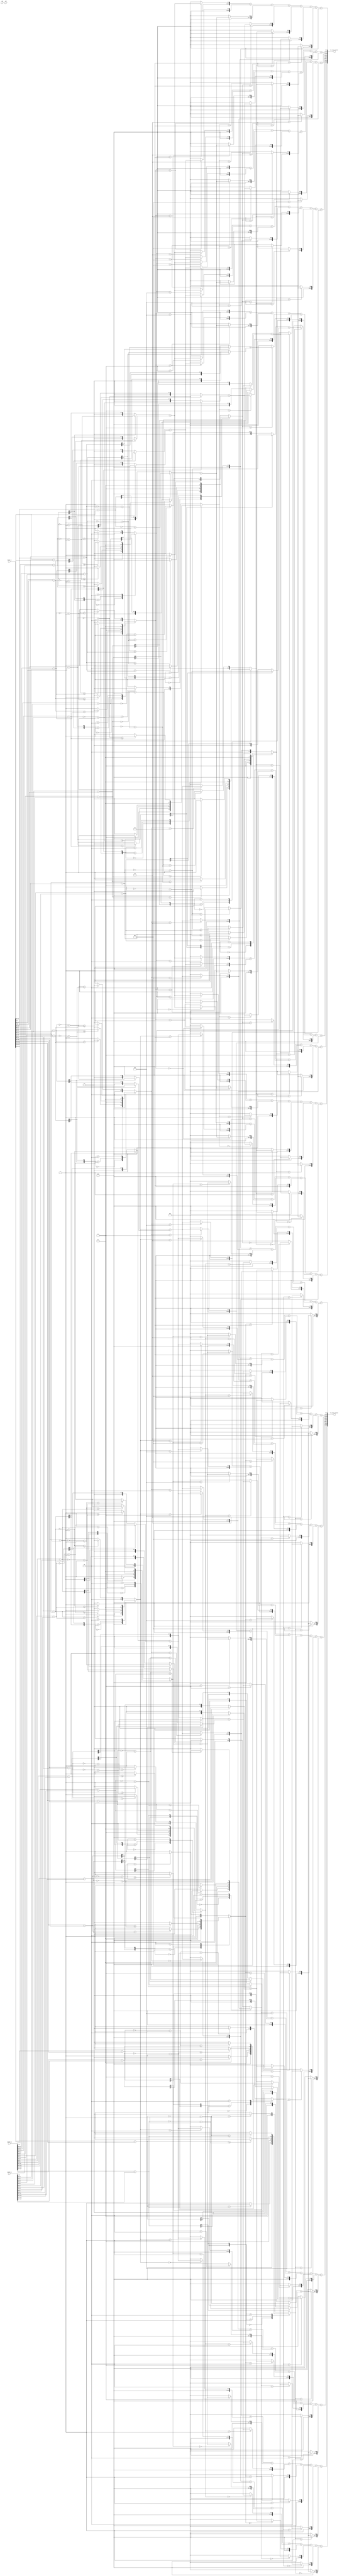
module accumulateOrientation( //combinational
    buffer_0,//newest
    buffer_1,
    buffer_2,
    row,//kpt's row
    col,//kpt's col
    row_accu_result1,
    row_accu_result2
);

    input       [8:0]   row;
    input       [9:0]   col;
    
    input       [135:0] buffer_0,
                        buffer_1,
                        buffer_2;
                        
    output      [95:0]  row_accu_result1, //MSB~LSB : bin_0~bin_7
                        row_accu_result2;
                        
    //////////////////////////////
        
    //reg         [95:0]  pixel_1, pixel_2, pixel_3, pixel_4, pixel_5, pixel_6, pixel_7, pixel_8,
    //                    pixel_9, pixel_10, pixel_11, pixel_12, pixel_13, pixel_14, pixel_15;
    
    wire         [11:0] pixel_01_bin_0, pixel_01_bin_1, pixel_01_bin_2, pixel_01_bin_3, pixel_01_bin_4, pixel_01_bin_5, pixel_01_bin_6, pixel_01_bin_7,
                        pixel_02_bin_0, pixel_02_bin_1, pixel_02_bin_2, pixel_02_bin_3, pixel_02_bin_4, pixel_02_bin_5, pixel_02_bin_6, pixel_02_bin_7,
                        pixel_03_bin_0, pixel_03_bin_1, pixel_03_bin_2, pixel_03_bin_3, pixel_03_bin_4, pixel_03_bin_5, pixel_03_bin_6, pixel_03_bin_7,
                        pixel_04_bin_0, pixel_04_bin_1, pixel_04_bin_2, pixel_04_bin_3, pixel_04_bin_4, pixel_04_bin_5, pixel_04_bin_6, pixel_04_bin_7,
                        pixel_05_bin_0, pixel_05_bin_1, pixel_05_bin_2, pixel_05_bin_3, pixel_05_bin_4, pixel_05_bin_5, pixel_05_bin_6, pixel_05_bin_7,
                        pixel_06_bin_0, pixel_06_bin_1, pixel_06_bin_2, pixel_06_bin_3, pixel_06_bin_4, pixel_06_bin_5, pixel_06_bin_6, pixel_06_bin_7,
                        pixel_07_bin_0, pixel_07_bin_1, pixel_07_bin_2, pixel_07_bin_3, pixel_07_bin_4, pixel_07_bin_5, pixel_07_bin_6, pixel_07_bin_7,
                        pixel_08_bin_0, pixel_08_bin_1, pixel_08_bin_2, pixel_08_bin_3, pixel_08_bin_4, pixel_08_bin_5, pixel_08_bin_6, pixel_08_bin_7,
                        pixel_09_bin_0, pixel_09_bin_1, pixel_09_bin_2, pixel_09_bin_3, pixel_09_bin_4, pixel_09_bin_5, pixel_09_bin_6, pixel_09_bin_7,
                        pixel_10_bin_0, pixel_10_bin_1, pixel_10_bin_2, pixel_10_bin_3, pixel_10_bin_4, pixel_10_bin_5, pixel_10_bin_6, pixel_10_bin_7,
                        pixel_11_bin_0, pixel_11_bin_1, pixel_11_bin_2, pixel_11_bin_3, pixel_11_bin_4, pixel_11_bin_5, pixel_11_bin_6, pixel_11_bin_7,
                        pixel_12_bin_0, pixel_12_bin_1, pixel_12_bin_2, pixel_12_bin_3, pixel_12_bin_4, pixel_12_bin_5, pixel_12_bin_6, pixel_12_bin_7,
                        pixel_13_bin_0, pixel_13_bin_1, pixel_13_bin_2, pixel_13_bin_3, pixel_13_bin_4, pixel_13_bin_5, pixel_13_bin_6, pixel_13_bin_7,
                        pixel_14_bin_0, pixel_14_bin_1, pixel_14_bin_2, pixel_14_bin_3, pixel_14_bin_4, pixel_14_bin_5, pixel_14_bin_6, pixel_14_bin_7,
                        pixel_15_bin_0, pixel_15_bin_1, pixel_15_bin_2, pixel_15_bin_3, pixel_15_bin_4, pixel_15_bin_5, pixel_15_bin_6, pixel_15_bin_7;
                        
    
    wire        [8:0]   pixel_1_temp1, pixel_1_temp2,
                        pixel_2_temp1, pixel_2_temp2,
                        pixel_3_temp1, pixel_3_temp2,
                        pixel_4_temp1, pixel_4_temp2,
                        pixel_5_temp1, pixel_5_temp2,
                        pixel_6_temp1, pixel_6_temp2,
                        pixel_7_temp1, pixel_7_temp2,
                        pixel_8_temp1, pixel_8_temp2,
                        pixel_9_temp1, pixel_9_temp2,
                        pixel_10_temp1, pixel_10_temp2,
                        pixel_11_temp1, pixel_11_temp2,
                        pixel_12_temp1, pixel_12_temp2,
                        pixel_13_temp1, pixel_13_temp2,
                        pixel_14_temp1, pixel_14_temp2,
                        pixel_15_temp1, pixel_15_temp2;
                        
    wire        [8:0]   abs_pixel_1_temp1, abs_pixel_1_temp2,
                        abs_pixel_2_temp1, abs_pixel_2_temp2,
                        abs_pixel_3_temp1, abs_pixel_3_temp2,
                        abs_pixel_4_temp1, abs_pixel_4_temp2,
                        abs_pixel_5_temp1, abs_pixel_5_temp2,
                        abs_pixel_6_temp1, abs_pixel_6_temp2,
                        abs_pixel_7_temp1, abs_pixel_7_temp2,
                        abs_pixel_8_temp1, abs_pixel_8_temp2,
                        abs_pixel_9_temp1, abs_pixel_9_temp2,
                        abs_pixel_10_temp1, abs_pixel_10_temp2,
                        abs_pixel_11_temp1, abs_pixel_11_temp2,
                        abs_pixel_12_temp1, abs_pixel_12_temp2,
                        abs_pixel_13_temp1, abs_pixel_13_temp2,
                        abs_pixel_14_temp1, abs_pixel_14_temp2,
                        abs_pixel_15_temp1, abs_pixel_15_temp2;
                        
    wire        [9:0]   p1_mag, p2_mag, p3_mag, p4_mag, p5_mag, p6_mag, p7_mag, p8_mag,
                        p9_mag, p10_mag, p11_mag, p12_mag, p13_mag, p14_mag, p15_mag;
                        
    reg         [2:0]   p1_bin, p2_bin, p3_bin, p4_bin, p5_bin, p6_bin, p7_bin, p8_bin,
                        p9_bin, p10_bin, p11_bin, p12_bin, p13_bin, p14_bin, p15_bin;
    
    //////////////////////////////
    
    //assign not_garbageRow       = (row + cycle_count - 3'b101)>='d0 && (row + cycle_count - 3'b101)<='d639 &&
    //                              (row + cycle_count - 3'b110)>='d0 && (row + cycle_count - 3'b110)<='d639 &&
    //                              (row + cycle_count - 3'b111)>='d0 && (row + cycle_count - 3'b111)<='d639;
    //    
    //assign p1_valid             = col-2'b11>='d1 && col-2'b11<='d638;//p1, p2, p3 is on the left of kpt
    //assign p2_valid             = col-2'b10>='d1 && col-2'b10<='d638;
    //assign p3_valid             = col-2'b01>='d1 && col-2'b01<='d638;
    //assign p5_valid             = col+2'b01 <= 'd638;//p5, p6, p7 is on the right of kpt
    //assign p6_valid             = col+2'b10 <= 'd638;
    //assign p7_valid             = col+2'b11 <= 'd638;
    //    
    //assign modified_pixel_1     = (p1_valid)? pixel_1 : 'd0;
    //assign modified_pixel_2     = (p2_valid)? pixel_2 : 'd0;
    //assign modified_pixel_3     = (p3_valid)? pixel_3 : 'd0;
    //assign modified_pixel_4     = pixel_4;
    //assign modified_pixel_5     = (p5_valid)? pixel_5 : 'd0;
    //assign modified_pixel_6     = (p6_valid)? pixel_6 : 'd0;
    //assign modified_pixel_7     = (p7_valid)? pixel_7 : 'd0;
        
    assign pixel_1_temp1        = buffer_1[23:16] - buffer_1[7:0];//pixel(col+1) - pixel(col-1)
    assign pixel_2_temp1        = buffer_1[31:24] - buffer_1[15:8];
    assign pixel_3_temp1        = buffer_1[39:32] - buffer_1[23:16];
    assign pixel_4_temp1        = buffer_1[47:40] - buffer_1[31:24];
    assign pixel_5_temp1        = buffer_1[55:48] - buffer_1[39:32];
    assign pixel_6_temp1        = buffer_1[63:56] - buffer_1[47:40];
    assign pixel_7_temp1        = buffer_1[71:64] - buffer_1[55:48];
    assign pixel_8_temp1        = buffer_1[79:72] - buffer_1[63:56];
    assign pixel_9_temp1        = buffer_1[87:80] - buffer_1[71:64];
    assign pixel_10_temp1       = buffer_1[95:88] - buffer_1[79:72];
    assign pixel_11_temp1       = buffer_1[103:96] - buffer_1[87:80];
    assign pixel_12_temp1       = buffer_1[111:104] - buffer_1[95:88];
    assign pixel_13_temp1       = buffer_1[119:112] - buffer_1[103:96];
    assign pixel_14_temp1       = buffer_1[127:120] - buffer_1[111:104];
    assign pixel_15_temp1       = buffer_1[135:128] - buffer_1[119:112];
        
    assign pixel_1_temp2        = buffer_0[15:8] - buffer_2[15:8];//pixel(row+1) - pixel(row-1)
    assign pixel_2_temp2        = buffer_0[23:16] - buffer_2[23:16];
    assign pixel_3_temp2        = buffer_0[31:24] - buffer_2[31:24];
    assign pixel_4_temp2        = buffer_0[39:32] - buffer_2[39:32];
    assign pixel_5_temp2        = buffer_0[47:40] - buffer_2[47:40];
    assign pixel_6_temp2        = buffer_0[55:48] - buffer_2[55:48];
    assign pixel_7_temp2        = buffer_0[63:56] - buffer_2[63:56];
    assign pixel_8_temp2        = buffer_0[71:64] - buffer_2[71:64];
    assign pixel_9_temp2        = buffer_0[79:72] - buffer_2[79:72];
    assign pixel_10_temp2       = buffer_0[87:80] - buffer_2[87:80];
    assign pixel_11_temp2       = buffer_0[95:88] - buffer_2[95:88];
    assign pixel_12_temp2       = buffer_0[103:96] - buffer_2[103:96];
    assign pixel_13_temp2       = buffer_0[111:104] - buffer_2[111:104];
    assign pixel_14_temp2       = buffer_0[119:112] - buffer_2[119:112];
    assign pixel_15_temp2       = buffer_0[127:120] - buffer_2[127:120];
        
    assign abs_pixel_1_temp1    = ~pixel_1_temp1 + 1'b1;
    assign abs_pixel_1_temp2    = ~pixel_1_temp2 + 1'b1;
    assign abs_pixel_2_temp1    = ~pixel_2_temp1 + 1'b1;
    assign abs_pixel_2_temp2    = ~pixel_2_temp2 + 1'b1;
    assign abs_pixel_3_temp1    = ~pixel_3_temp1 + 1'b1;
    assign abs_pixel_3_temp2    = ~pixel_3_temp2 + 1'b1;
    assign abs_pixel_4_temp1    = ~pixel_4_temp1 + 1'b1;
    assign abs_pixel_4_temp2    = ~pixel_4_temp2 + 1'b1;
    assign abs_pixel_5_temp1    = ~pixel_5_temp1 + 1'b1;
    assign abs_pixel_5_temp2    = ~pixel_5_temp2 + 1'b1;
    assign abs_pixel_6_temp1    = ~pixel_6_temp1 + 1'b1;
    assign abs_pixel_6_temp2    = ~pixel_6_temp2 + 1'b1;
    assign abs_pixel_7_temp1    = ~pixel_7_temp1 + 1'b1;
    assign abs_pixel_7_temp2    = ~pixel_7_temp2 + 1'b1;
    assign abs_pixel_8_temp1    = ~pixel_8_temp1 + 1'b1;
    assign abs_pixel_8_temp2    = ~pixel_8_temp2 + 1'b1;
    assign abs_pixel_9_temp1    = ~pixel_9_temp1 + 1'b1;
    assign abs_pixel_9_temp2    = ~pixel_9_temp2 + 1'b1;
    assign abs_pixel_10_temp1   = ~pixel_10_temp1 + 1'b1;
    assign abs_pixel_10_temp2   = ~pixel_10_temp2 + 1'b1;
    assign abs_pixel_11_temp1   = ~pixel_11_temp1 + 1'b1;
    assign abs_pixel_11_temp2   = ~pixel_11_temp2 + 1'b1;
    assign abs_pixel_12_temp1   = ~pixel_12_temp1 + 1'b1;
    assign abs_pixel_12_temp2   = ~pixel_12_temp2 + 1'b1;
    assign abs_pixel_13_temp1   = ~pixel_13_temp1 + 1'b1;
    assign abs_pixel_13_temp2   = ~pixel_13_temp2 + 1'b1;
    assign abs_pixel_14_temp1   = ~pixel_14_temp1 + 1'b1;
    assign abs_pixel_14_temp2   = ~pixel_14_temp2 + 1'b1;
    assign abs_pixel_15_temp1   = ~pixel_15_temp1 + 1'b1;
    assign abs_pixel_15_temp2   = ~pixel_15_temp2 + 1'b1;
        
    assign p1_mag               = ((pixel_1_temp1[8])? abs_pixel_1_temp1 : pixel_1_temp1) + 
                                  ((pixel_1_temp2[8])? abs_pixel_1_temp2 : pixel_1_temp2);
    assign p2_mag               = ((pixel_2_temp1[8])? abs_pixel_2_temp1 : pixel_2_temp1) + 
                                  ((pixel_2_temp2[8])? abs_pixel_2_temp2 : pixel_2_temp2);
    assign p3_mag               = ((pixel_3_temp1[8])? abs_pixel_3_temp1 : pixel_3_temp1) + 
                                  ((pixel_3_temp2[8])? abs_pixel_3_temp2 : pixel_3_temp2);
    assign p4_mag               = ((pixel_4_temp1[8])? abs_pixel_4_temp1 : pixel_4_temp1) + 
                                  ((pixel_4_temp2[8])? abs_pixel_4_temp2 : pixel_4_temp2);
    assign p5_mag               = ((pixel_5_temp1[8])? abs_pixel_5_temp1 : pixel_5_temp1) + 
                                  ((pixel_5_temp2[8])? abs_pixel_5_temp2 : pixel_5_temp2);
    assign p6_mag               = ((pixel_6_temp1[8])? abs_pixel_6_temp1 : pixel_6_temp1) + 
                                  ((pixel_6_temp2[8])? abs_pixel_6_temp2 : pixel_6_temp2);
    assign p7_mag               = ((pixel_7_temp1[8])? abs_pixel_7_temp1 : pixel_7_temp1) + 
                                  ((pixel_7_temp2[8])? abs_pixel_7_temp2 : pixel_7_temp2);
    assign p8_mag               = ((pixel_8_temp1[8])? abs_pixel_8_temp1 : pixel_8_temp1) + 
                                  ((pixel_8_temp2[8])? abs_pixel_8_temp2 : pixel_8_temp2);
    assign p9_mag               = ((pixel_9_temp1[8])? abs_pixel_9_temp1 : pixel_9_temp1) + 
                                  ((pixel_9_temp2[8])? abs_pixel_9_temp2 : pixel_9_temp2);
    assign p10_mag              = ((pixel_10_temp1[8])? abs_pixel_10_temp1 : pixel_10_temp1) + 
                                  ((pixel_10_temp2[8])? abs_pixel_10_temp2 : pixel_10_temp2);
    assign p11_mag              = ((pixel_11_temp1[8])? abs_pixel_11_temp1 : pixel_11_temp1) + 
                                  ((pixel_11_temp2[8])? abs_pixel_11_temp2 : pixel_11_temp2);
    assign p12_mag              = ((pixel_12_temp1[8])? abs_pixel_12_temp1 : pixel_12_temp1) + 
                                  ((pixel_12_temp2[8])? abs_pixel_12_temp2 : pixel_12_temp2);
    assign p13_mag              = ((pixel_13_temp1[8])? abs_pixel_13_temp1 : pixel_13_temp1) + 
                                  ((pixel_13_temp2[8])? abs_pixel_13_temp2 : pixel_13_temp2);
    assign p14_mag              = ((pixel_14_temp1[8])? abs_pixel_14_temp1 : pixel_14_temp1) + 
                                  ((pixel_14_temp2[8])? abs_pixel_14_temp2 : pixel_14_temp2);
    assign p15_mag              = ((pixel_15_temp1[8])? abs_pixel_15_temp1 : pixel_15_temp1) + 
                                  ((pixel_15_temp2[8])? abs_pixel_15_temp2 : pixel_15_temp2);
        
    //assign row_accu_result1     = (not_garbageRow)? modified_pixel_1 + modified_pixel_2 + modified_pixel_3 + modified_pixel_4 : 'd0;//
    //assign row_accu_result2     = (not_garbageRow)? modified_pixel_4 + modified_pixel_5 + modified_pixel_6 + modified_pixel_7 : 'd0;
    
    //will not carry over to next orientation. But Dude, EDA tools don't bird you.
    //assign row_accu_result1     = pixel_1 + pixel_2 + pixel_3 + pixel_4 + pixel_5 + pixel_6 + pixel_7 + pixel_8;
    //assign row_accu_result2     = pixel_8 + pixel_9 + pixel_10 + pixel_11 + pixel_12 + pixel_13 + pixel_14 + pixel_15;
    
    assign row_accu_result1[95:84]  = pixel_01_bin_0 + pixel_02_bin_0 + pixel_03_bin_0 + pixel_04_bin_0 + pixel_05_bin_0 + pixel_06_bin_0 + pixel_07_bin_0 + pixel_08_bin_0;
    assign row_accu_result1[83:72]  = pixel_01_bin_1 + pixel_02_bin_1 + pixel_03_bin_1 + pixel_04_bin_1 + pixel_05_bin_1 + pixel_06_bin_1 + pixel_07_bin_1 + pixel_08_bin_1;
    assign row_accu_result1[71:60]  = pixel_01_bin_2 + pixel_02_bin_2 + pixel_03_bin_2 + pixel_04_bin_2 + pixel_05_bin_2 + pixel_06_bin_2 + pixel_07_bin_2 + pixel_08_bin_2;
    assign row_accu_result1[59:48]  = pixel_01_bin_3 + pixel_02_bin_3 + pixel_03_bin_3 + pixel_04_bin_3 + pixel_05_bin_3 + pixel_06_bin_3 + pixel_07_bin_3 + pixel_08_bin_3;
    assign row_accu_result1[47:36]  = pixel_01_bin_4 + pixel_02_bin_4 + pixel_03_bin_4 + pixel_04_bin_4 + pixel_05_bin_4 + pixel_06_bin_4 + pixel_07_bin_4 + pixel_08_bin_4;
    assign row_accu_result1[35:24]  = pixel_01_bin_5 + pixel_02_bin_5 + pixel_03_bin_5 + pixel_04_bin_5 + pixel_05_bin_5 + pixel_06_bin_5 + pixel_07_bin_5 + pixel_08_bin_5;
    assign row_accu_result1[23:12]  = pixel_01_bin_6 + pixel_02_bin_6 + pixel_03_bin_6 + pixel_04_bin_6 + pixel_05_bin_6 + pixel_06_bin_6 + pixel_07_bin_6 + pixel_08_bin_6;
    assign row_accu_result1[11:0 ]  = pixel_01_bin_7 + pixel_02_bin_7 + pixel_03_bin_7 + pixel_04_bin_7 + pixel_05_bin_7 + pixel_06_bin_7 + pixel_07_bin_7 + pixel_08_bin_7;
    
    assign row_accu_result2[95:84]  = pixel_08_bin_0 + pixel_09_bin_0 + pixel_10_bin_0 + pixel_11_bin_0 + pixel_12_bin_0 + pixel_13_bin_0 + pixel_14_bin_0 + pixel_15_bin_0;
    assign row_accu_result2[83:72]  = pixel_08_bin_1 + pixel_09_bin_1 + pixel_10_bin_1 + pixel_11_bin_1 + pixel_12_bin_1 + pixel_13_bin_1 + pixel_14_bin_1 + pixel_15_bin_1;
    assign row_accu_result2[71:60]  = pixel_08_bin_2 + pixel_09_bin_2 + pixel_10_bin_2 + pixel_11_bin_2 + pixel_12_bin_2 + pixel_13_bin_2 + pixel_14_bin_2 + pixel_15_bin_2;
    assign row_accu_result2[59:48]  = pixel_08_bin_3 + pixel_09_bin_3 + pixel_10_bin_3 + pixel_11_bin_3 + pixel_12_bin_3 + pixel_13_bin_3 + pixel_14_bin_3 + pixel_15_bin_3;
    assign row_accu_result2[47:36]  = pixel_08_bin_4 + pixel_09_bin_4 + pixel_10_bin_4 + pixel_11_bin_4 + pixel_12_bin_4 + pixel_13_bin_4 + pixel_14_bin_4 + pixel_15_bin_4;
    assign row_accu_result2[35:24]  = pixel_08_bin_5 + pixel_09_bin_5 + pixel_10_bin_5 + pixel_11_bin_5 + pixel_12_bin_5 + pixel_13_bin_5 + pixel_14_bin_5 + pixel_15_bin_5;
    assign row_accu_result2[23:12]  = pixel_08_bin_6 + pixel_09_bin_6 + pixel_10_bin_6 + pixel_11_bin_6 + pixel_12_bin_6 + pixel_13_bin_6 + pixel_14_bin_6 + pixel_15_bin_6;
    assign row_accu_result2[11:0 ]  = pixel_08_bin_7 + pixel_09_bin_7 + pixel_10_bin_7 + pixel_11_bin_7 + pixel_12_bin_7 + pixel_13_bin_7 + pixel_14_bin_7 + pixel_15_bin_7;
    
    assign pixel_01_bin_0           = (p1_bin == 'd0)? {2'b00, p1_mag} : 'd0;
    assign pixel_01_bin_1           = (p1_bin == 'd1)? {2'b00, p1_mag} : 'd0;
    assign pixel_01_bin_2           = (p1_bin == 'd2)? {2'b00, p1_mag} : 'd0;
    assign pixel_01_bin_3           = (p1_bin == 'd3)? {2'b00, p1_mag} : 'd0;
    assign pixel_01_bin_4           = (p1_bin == 'd4)? {2'b00, p1_mag} : 'd0;
    assign pixel_01_bin_5           = (p1_bin == 'd5)? {2'b00, p1_mag} : 'd0;
    assign pixel_01_bin_6           = (p1_bin == 'd6)? {2'b00, p1_mag} : 'd0;
    assign pixel_01_bin_7           = (p1_bin == 'd7)? {2'b00, p1_mag} : 'd0;
        
    assign pixel_02_bin_0           = (p2_bin == 'd0)? {2'b00, p2_mag} : 'd0;
    assign pixel_02_bin_1           = (p2_bin == 'd1)? {2'b00, p2_mag} : 'd0;
    assign pixel_02_bin_2           = (p2_bin == 'd2)? {2'b00, p2_mag} : 'd0;
    assign pixel_02_bin_3           = (p2_bin == 'd3)? {2'b00, p2_mag} : 'd0;
    assign pixel_02_bin_4           = (p2_bin == 'd4)? {2'b00, p2_mag} : 'd0;
    assign pixel_02_bin_5           = (p2_bin == 'd5)? {2'b00, p2_mag} : 'd0;
    assign pixel_02_bin_6           = (p2_bin == 'd6)? {2'b00, p2_mag} : 'd0;
    assign pixel_02_bin_7           = (p2_bin == 'd7)? {2'b00, p2_mag} : 'd0;
        
    assign pixel_03_bin_0           = (p2_bin == 'd0)? {2'b00, p3_mag} : 'd0;
    assign pixel_03_bin_1           = (p2_bin == 'd1)? {2'b00, p3_mag} : 'd0;
    assign pixel_03_bin_2           = (p2_bin == 'd2)? {2'b00, p3_mag} : 'd0;
    assign pixel_03_bin_3           = (p2_bin == 'd3)? {2'b00, p3_mag} : 'd0;
    assign pixel_03_bin_4           = (p2_bin == 'd4)? {2'b00, p3_mag} : 'd0;
    assign pixel_03_bin_5           = (p2_bin == 'd5)? {2'b00, p3_mag} : 'd0;
    assign pixel_03_bin_6           = (p2_bin == 'd6)? {2'b00, p3_mag} : 'd0;
    assign pixel_03_bin_7           = (p2_bin == 'd7)? {2'b00, p3_mag} : 'd0;
        
    assign pixel_04_bin_0           = (p4_bin == 'd0)? {2'b00, p4_mag} : 'd0;
    assign pixel_04_bin_1           = (p4_bin == 'd1)? {2'b00, p4_mag} : 'd0;
    assign pixel_04_bin_2           = (p4_bin == 'd2)? {2'b00, p4_mag} : 'd0;
    assign pixel_04_bin_3           = (p4_bin == 'd3)? {2'b00, p4_mag} : 'd0;
    assign pixel_04_bin_4           = (p4_bin == 'd4)? {2'b00, p4_mag} : 'd0;
    assign pixel_04_bin_5           = (p4_bin == 'd5)? {2'b00, p4_mag} : 'd0;
    assign pixel_04_bin_6           = (p4_bin == 'd6)? {2'b00, p4_mag} : 'd0;
    assign pixel_04_bin_7           = (p4_bin == 'd7)? {2'b00, p4_mag} : 'd0;
        
    assign pixel_05_bin_0           = (p5_bin == 'd0)? {2'b00, p5_mag} : 'd0;
    assign pixel_05_bin_1           = (p5_bin == 'd1)? {2'b00, p5_mag} : 'd0;
    assign pixel_05_bin_2           = (p5_bin == 'd2)? {2'b00, p5_mag} : 'd0;
    assign pixel_05_bin_3           = (p5_bin == 'd3)? {2'b00, p5_mag} : 'd0;
    assign pixel_05_bin_4           = (p5_bin == 'd4)? {2'b00, p5_mag} : 'd0;
    assign pixel_05_bin_5           = (p5_bin == 'd5)? {2'b00, p5_mag} : 'd0;
    assign pixel_05_bin_6           = (p5_bin == 'd6)? {2'b00, p5_mag} : 'd0;
    assign pixel_05_bin_7           = (p5_bin == 'd7)? {2'b00, p5_mag} : 'd0;
        
    assign pixel_06_bin_0           = (p6_bin == 'd0)? {2'b00, p6_mag} : 'd0;
    assign pixel_06_bin_1           = (p6_bin == 'd1)? {2'b00, p6_mag} : 'd0;
    assign pixel_06_bin_2           = (p6_bin == 'd2)? {2'b00, p6_mag} : 'd0;
    assign pixel_06_bin_3           = (p6_bin == 'd3)? {2'b00, p6_mag} : 'd0;
    assign pixel_06_bin_4           = (p6_bin == 'd4)? {2'b00, p6_mag} : 'd0;
    assign pixel_06_bin_5           = (p6_bin == 'd5)? {2'b00, p6_mag} : 'd0;
    assign pixel_06_bin_6           = (p6_bin == 'd6)? {2'b00, p6_mag} : 'd0;
    assign pixel_06_bin_7           = (p6_bin == 'd7)? {2'b00, p6_mag} : 'd0;
        
    assign pixel_07_bin_0           = (p7_bin == 'd0)? {2'b00, p7_mag} : 'd0;
    assign pixel_07_bin_1           = (p7_bin == 'd1)? {2'b00, p7_mag} : 'd0;
    assign pixel_07_bin_2           = (p7_bin == 'd2)? {2'b00, p7_mag} : 'd0;
    assign pixel_07_bin_3           = (p7_bin == 'd3)? {2'b00, p7_mag} : 'd0;
    assign pixel_07_bin_4           = (p7_bin == 'd4)? {2'b00, p7_mag} : 'd0;
    assign pixel_07_bin_5           = (p7_bin == 'd5)? {2'b00, p7_mag} : 'd0;
    assign pixel_07_bin_6           = (p7_bin == 'd6)? {2'b00, p7_mag} : 'd0;
    assign pixel_07_bin_7           = (p7_bin == 'd7)? {2'b00, p7_mag} : 'd0;
        
    assign pixel_08_bin_0           = (p8_bin == 'd0)? {2'b00, p8_mag} : 'd0;
    assign pixel_08_bin_1           = (p8_bin == 'd1)? {2'b00, p8_mag} : 'd0;
    assign pixel_08_bin_2           = (p8_bin == 'd2)? {2'b00, p8_mag} : 'd0;
    assign pixel_08_bin_3           = (p8_bin == 'd3)? {2'b00, p8_mag} : 'd0;
    assign pixel_08_bin_4           = (p8_bin == 'd4)? {2'b00, p8_mag} : 'd0;
    assign pixel_08_bin_5           = (p8_bin == 'd5)? {2'b00, p8_mag} : 'd0;
    assign pixel_08_bin_6           = (p8_bin == 'd6)? {2'b00, p8_mag} : 'd0;
    assign pixel_08_bin_7           = (p8_bin == 'd7)? {2'b00, p8_mag} : 'd0;
        
    assign pixel_09_bin_0           = (p9_bin == 'd0)? {2'b00, p9_mag} : 'd0;
    assign pixel_09_bin_1           = (p9_bin == 'd1)? {2'b00, p9_mag} : 'd0;
    assign pixel_09_bin_2           = (p9_bin == 'd2)? {2'b00, p9_mag} : 'd0;
    assign pixel_09_bin_3           = (p9_bin == 'd3)? {2'b00, p9_mag} : 'd0;
    assign pixel_09_bin_4           = (p9_bin == 'd4)? {2'b00, p9_mag} : 'd0;
    assign pixel_09_bin_5           = (p9_bin == 'd5)? {2'b00, p9_mag} : 'd0;
    assign pixel_09_bin_6           = (p9_bin == 'd6)? {2'b00, p9_mag} : 'd0;
    assign pixel_09_bin_7           = (p9_bin == 'd7)? {2'b00, p9_mag} : 'd0;
        
    assign pixel_10_bin_0           = (p10_bin == 'd0)? {2'b00, p10_mag} : 'd0;
    assign pixel_10_bin_1           = (p10_bin == 'd1)? {2'b00, p10_mag} : 'd0;
    assign pixel_10_bin_2           = (p10_bin == 'd2)? {2'b00, p10_mag} : 'd0;
    assign pixel_10_bin_3           = (p10_bin == 'd3)? {2'b00, p10_mag} : 'd0;
    assign pixel_10_bin_4           = (p10_bin == 'd4)? {2'b00, p10_mag} : 'd0;
    assign pixel_10_bin_5           = (p10_bin == 'd5)? {2'b00, p10_mag} : 'd0;
    assign pixel_10_bin_6           = (p10_bin == 'd6)? {2'b00, p10_mag} : 'd0;
    assign pixel_10_bin_7           = (p10_bin == 'd7)? {2'b00, p10_mag} : 'd0;
        
    assign pixel_11_bin_0           = (p11_bin == 'd0)? {2'b00, p11_mag} : 'd0;
    assign pixel_11_bin_1           = (p11_bin == 'd1)? {2'b00, p11_mag} : 'd0;
    assign pixel_11_bin_2           = (p11_bin == 'd2)? {2'b00, p11_mag} : 'd0;
    assign pixel_11_bin_3           = (p11_bin == 'd3)? {2'b00, p11_mag} : 'd0;
    assign pixel_11_bin_4           = (p11_bin == 'd4)? {2'b00, p11_mag} : 'd0;
    assign pixel_11_bin_5           = (p11_bin == 'd5)? {2'b00, p11_mag} : 'd0;
    assign pixel_11_bin_6           = (p11_bin == 'd6)? {2'b00, p11_mag} : 'd0;
    assign pixel_11_bin_7           = (p11_bin == 'd7)? {2'b00, p11_mag} : 'd0;
        
    assign pixel_12_bin_0           = (p12_bin == 'd0)? {2'b00, p12_mag} : 'd0;
    assign pixel_12_bin_1           = (p12_bin == 'd1)? {2'b00, p12_mag} : 'd0;
    assign pixel_12_bin_2           = (p12_bin == 'd2)? {2'b00, p12_mag} : 'd0;
    assign pixel_12_bin_3           = (p12_bin == 'd3)? {2'b00, p12_mag} : 'd0;
    assign pixel_12_bin_4           = (p12_bin == 'd4)? {2'b00, p12_mag} : 'd0;
    assign pixel_12_bin_5           = (p12_bin == 'd5)? {2'b00, p12_mag} : 'd0;
    assign pixel_12_bin_6           = (p12_bin == 'd6)? {2'b00, p12_mag} : 'd0;
    assign pixel_12_bin_7           = (p12_bin == 'd7)? {2'b00, p12_mag} : 'd0;
        
    assign pixel_13_bin_0           = (p13_bin == 'd0)? {2'b00, p13_mag} : 'd0;
    assign pixel_13_bin_1           = (p13_bin == 'd1)? {2'b00, p13_mag} : 'd0;
    assign pixel_13_bin_2           = (p13_bin == 'd2)? {2'b00, p13_mag} : 'd0;
    assign pixel_13_bin_3           = (p13_bin == 'd3)? {2'b00, p13_mag} : 'd0;
    assign pixel_13_bin_4           = (p13_bin == 'd4)? {2'b00, p13_mag} : 'd0;
    assign pixel_13_bin_5           = (p13_bin == 'd5)? {2'b00, p13_mag} : 'd0;
    assign pixel_13_bin_6           = (p13_bin == 'd6)? {2'b00, p13_mag} : 'd0;
    assign pixel_13_bin_7           = (p13_bin == 'd7)? {2'b00, p13_mag} : 'd0;
        
    assign pixel_14_bin_0           = (p14_bin == 'd0)? {2'b00, p14_mag} : 'd0;
    assign pixel_14_bin_1           = (p14_bin == 'd1)? {2'b00, p14_mag} : 'd0;
    assign pixel_14_bin_2           = (p14_bin == 'd2)? {2'b00, p14_mag} : 'd0;
    assign pixel_14_bin_3           = (p14_bin == 'd3)? {2'b00, p14_mag} : 'd0;
    assign pixel_14_bin_4           = (p14_bin == 'd4)? {2'b00, p14_mag} : 'd0;
    assign pixel_14_bin_5           = (p14_bin == 'd5)? {2'b00, p14_mag} : 'd0;
    assign pixel_14_bin_6           = (p14_bin == 'd6)? {2'b00, p14_mag} : 'd0;
    assign pixel_14_bin_7           = (p14_bin == 'd7)? {2'b00, p14_mag} : 'd0;
        
    assign pixel_15_bin_0           = (p15_bin == 'd0)? {2'b00, p15_mag} : 'd0;
    assign pixel_15_bin_1           = (p15_bin == 'd1)? {2'b00, p15_mag} : 'd0;
    assign pixel_15_bin_2           = (p15_bin == 'd2)? {2'b00, p15_mag} : 'd0;
    assign pixel_15_bin_3           = (p15_bin == 'd3)? {2'b00, p15_mag} : 'd0;
    assign pixel_15_bin_4           = (p15_bin == 'd4)? {2'b00, p15_mag} : 'd0;
    assign pixel_15_bin_5           = (p15_bin == 'd5)? {2'b00, p15_mag} : 'd0;
    assign pixel_15_bin_6           = (p15_bin == 'd6)? {2'b00, p15_mag} : 'd0;
    assign pixel_15_bin_7           = (p15_bin == 'd7)? {2'b00, p15_mag} : 'd0;
    
    //////////////////////////////
    
    always @(*) begin //p1_bin
    
        case({pixel_1_temp1[8], pixel_1_temp2[8]})//x, y
            2'b00://1st quadrant
                if(pixel_1_temp1 > pixel_1_temp2)
                    p1_bin = 'd0;
                else
                    p1_bin = 'd1;
            2'b01://4th quadrant
                if(pixel_1_temp1 >= abs_pixel_1_temp2)
                    p1_bin = 'd7;
                else
                    p1_bin = 'd6;
            2'b10://2nd quadrant
                if(abs_pixel_1_temp1 >= pixel_1_temp2)
                    p1_bin = 'd3;
                else
                    p1_bin = 'd2;
            default: //3rd quadrant
                if(abs_pixel_1_temp1 > abs_pixel_1_temp2)
                    p1_bin = 'd4;
                else
                    p1_bin = 'd5;
        endcase
    
    end
    
    always @(*) begin //p2_bin
    
        case({pixel_2_temp1[8], pixel_2_temp2[8]})//x, y
            2'b00://1st quadrant
                if(pixel_2_temp1 > pixel_2_temp2)
                    p2_bin = 'd0;
                else
                    p2_bin = 'd1;
            2'b01://4th quadrant
                if(pixel_2_temp1 >= abs_pixel_2_temp2)
                    p2_bin = 'd7;
                else
                    p2_bin = 'd6;
            2'b10://2nd quadrant
                if(abs_pixel_2_temp1 >= pixel_2_temp2)
                    p2_bin = 'd3;
                else
                    p2_bin = 'd2;
            default: //3rd quadrant
                if(abs_pixel_2_temp1 > abs_pixel_2_temp2)
                    p2_bin = 'd4;
                else
                    p2_bin = 'd5;
        endcase
    
    end
    
    always @(*) begin //p3_bin
    
        case({pixel_3_temp1[8], pixel_3_temp2[8]})//x, y
            2'b00://1st quadrant
                if(pixel_3_temp1 > pixel_3_temp2)
                    p3_bin = 'd0;
                else
                    p3_bin = 'd1;
            2'b01://4th quadrant
                if(pixel_3_temp1 >= abs_pixel_3_temp2)
                    p3_bin = 'd7;
                else
                    p3_bin = 'd6;
            2'b10://2nd quadrant
                if(abs_pixel_3_temp1 >= pixel_3_temp2)
                    p3_bin = 'd3;
                else
                    p3_bin = 'd2;
            default: //3rd quadrant
                if(abs_pixel_3_temp1 > abs_pixel_3_temp2)
                    p3_bin = 'd4;
                else
                    p3_bin = 'd5;
        endcase
    
    end
    
    always @(*) begin //p4_bin
    
        case({pixel_4_temp1[8], pixel_4_temp2[8]})//x, y
            2'b00://1st quadrant
                if(pixel_4_temp1 > pixel_4_temp2)
                    p4_bin = 'd0;
                else
                    p4_bin = 'd1;
            2'b01://4th quadrant
                if(pixel_4_temp1 >= abs_pixel_4_temp2)
                    p4_bin = 'd7;
                else
                    p4_bin = 'd6;
            2'b10://2nd quadrant
                if(abs_pixel_4_temp1 >= pixel_4_temp2)
                    p4_bin = 'd3;
                else
                    p4_bin = 'd2;
            default: //3rd quadrant
                if(abs_pixel_4_temp1 > abs_pixel_4_temp2)
                    p4_bin = 'd4;
                else
                    p4_bin = 'd5;
        endcase
    
    end
    
    always @(*) begin //p5_bin
    
        case({pixel_5_temp1[8], pixel_5_temp2[8]})//x, y
            2'b00://1st quadrant
                if(pixel_5_temp1 > pixel_5_temp2)
                    p5_bin = 'd0;
                else
                    p5_bin = 'd1;
            2'b01://4th quadrant
                if(pixel_5_temp1 >= abs_pixel_5_temp2)
                    p5_bin = 'd7;
                else
                    p5_bin = 'd6;
            2'b10://2nd quadrant
                if(abs_pixel_5_temp1 >= pixel_5_temp2)
                    p5_bin = 'd3;
                else
                    p5_bin = 'd2;
            default: //3rd quadrant
                if(abs_pixel_5_temp1 > abs_pixel_5_temp2)
                    p5_bin = 'd4;
                else
                    p5_bin = 'd5;
        endcase
    
    end
    
    always @(*) begin //p6_bin
    
        case({pixel_6_temp1[8], pixel_6_temp2[8]})//x, y
            2'b00://1st quadrant
                if(pixel_6_temp1 > pixel_6_temp2)
                    p6_bin = 'd0;
                else
                    p6_bin = 'd1;
            2'b01://4th quadrant
                if(pixel_6_temp1 >= abs_pixel_6_temp2)
                    p6_bin = 'd7;
                else
                    p6_bin = 'd6;
            2'b10://2nd quadrant
                if(abs_pixel_6_temp1 >= pixel_6_temp2)
                    p6_bin = 'd3;
                else
                    p6_bin = 'd2;
            default: //3rd quadrant
                if(abs_pixel_6_temp1 > abs_pixel_6_temp2)
                    p6_bin = 'd4;
                else
                    p6_bin = 'd5;
        endcase
    
    end
    
    always @(*) begin //p7_bin
    
        case({pixel_7_temp1[8], pixel_7_temp2[8]})//x, y
            2'b00://1st quadrant
                if(pixel_7_temp1 > pixel_7_temp2)
                    p7_bin = 'd0;
                else
                    p7_bin = 'd1;
            2'b01://4th quadrant
                if(pixel_7_temp1 >= abs_pixel_7_temp2)
                    p7_bin = 'd7;
                else
                    p7_bin = 'd6;
            2'b10://2nd quadrant
                if(abs_pixel_7_temp1 >= pixel_7_temp2)
                    p7_bin = 'd3;
                else
                    p7_bin = 'd2;
            default: //3rd quadrant
                if(abs_pixel_7_temp1 > abs_pixel_7_temp2)
                    p7_bin = 'd4;
                else
                    p7_bin = 'd5;
        endcase
    
    end
    
    always @(*) begin //p8_bin
    
        case({pixel_8_temp1[8], pixel_8_temp2[8]})//x, y
            2'b00://1st quadrant
                if(pixel_8_temp1 > pixel_8_temp2)
                    p8_bin = 'd0;
                else
                    p8_bin = 'd1;
            2'b01://4th quadrant
                if(pixel_8_temp1 >= abs_pixel_8_temp2)
                    p8_bin = 'd7;
                else
                    p8_bin = 'd6;
            2'b10://2nd quadrant
                if(abs_pixel_8_temp1 >= pixel_8_temp2)
                    p8_bin = 'd3;
                else
                    p8_bin = 'd2;
            default: //3rd quadrant
                if(abs_pixel_8_temp1 > abs_pixel_8_temp2)
                    p8_bin = 'd4;
                else
                    p8_bin = 'd5;
        endcase
    
    end
    
    always @(*) begin //p9_bin
    
        case({pixel_9_temp1[8], pixel_9_temp2[8]})//x, y
            2'b00://1st quadrant
                if(pixel_9_temp1 > pixel_9_temp2)
                    p9_bin = 'd0;
                else
                    p9_bin = 'd1;
            2'b01://4th quadrant
                if(pixel_9_temp1 >= abs_pixel_9_temp2)
                    p9_bin = 'd7;
                else
                    p9_bin = 'd6;
            2'b10://2nd quadrant
                if(abs_pixel_9_temp1 >= pixel_9_temp2)
                    p9_bin = 'd3;
                else
                    p9_bin = 'd2;
            default: //3rd quadrant
                if(abs_pixel_9_temp1 > abs_pixel_9_temp2)
                    p9_bin = 'd4;
                else
                    p9_bin = 'd5;
        endcase
    
    end
    
    always @(*) begin //p10_bin
    
        case({pixel_10_temp1[8], pixel_10_temp2[8]})//x, y
            2'b00://1st quadrant
                if(pixel_10_temp1 > pixel_10_temp2)
                    p10_bin = 'd0;
                else
                    p10_bin = 'd1;
            2'b01://4th quadrant
                if(pixel_10_temp1 >= abs_pixel_10_temp2)
                    p10_bin = 'd7;
                else
                    p10_bin = 'd6;
            2'b10://2nd quadrant
                if(abs_pixel_10_temp1 >= pixel_10_temp2)
                    p10_bin = 'd3;
                else
                    p10_bin = 'd2;
            default: //3rd quadrant
                if(abs_pixel_10_temp1 > abs_pixel_10_temp2)
                    p10_bin = 'd4;
                else
                    p10_bin = 'd5;
        endcase
    
    end
    
    always @(*) begin //p11_bin
    
        case({pixel_11_temp1[8], pixel_11_temp2[8]})//x, y
            2'b00://1st quadrant
                if(pixel_11_temp1 > pixel_11_temp2)
                    p11_bin = 'd0;
                else
                    p11_bin = 'd1;
            2'b01://4th quadrant
                if(pixel_11_temp1 >= abs_pixel_11_temp2)
                    p11_bin = 'd7;
                else
                    p11_bin = 'd6;
            2'b10://2nd quadrant
                if(abs_pixel_11_temp1 >= pixel_11_temp2)
                    p11_bin = 'd3;
                else
                    p11_bin = 'd2;
            default: //3rd quadrant
                if(abs_pixel_11_temp1 > abs_pixel_11_temp2)
                    p11_bin = 'd4;
                else
                    p11_bin = 'd5;
        endcase
    
    end
    
    always @(*) begin //p12_bin
    
        case({pixel_12_temp1[8], pixel_12_temp2[8]})//x, y
            2'b00://1st quadrant
                if(pixel_12_temp1 > pixel_12_temp2)
                    p12_bin = 'd0;
                else
                    p12_bin = 'd1;
            2'b01://4th quadrant
                if(pixel_12_temp1 >= abs_pixel_12_temp2)
                    p12_bin = 'd7;
                else
                    p12_bin = 'd6;
            2'b10://2nd quadrant
                if(abs_pixel_12_temp1 >= pixel_12_temp2)
                    p12_bin = 'd3;
                else
                    p12_bin = 'd2;
            default: //3rd quadrant
                if(abs_pixel_12_temp1 > abs_pixel_12_temp2)
                    p12_bin = 'd4;
                else
                    p12_bin = 'd5;
        endcase
    
    end
    
    always @(*) begin //p13_bin
    
        case({pixel_13_temp1[8], pixel_13_temp2[8]})//x, y
            2'b00://1st quadrant
                if(pixel_13_temp1 > pixel_13_temp2)
                    p13_bin = 'd0;
                else
                    p13_bin = 'd1;
            2'b01://4th quadrant
                if(pixel_13_temp1 >= abs_pixel_13_temp2)
                    p13_bin = 'd7;
                else
                    p13_bin = 'd6;
            2'b10://2nd quadrant
                if(abs_pixel_13_temp1 >= pixel_13_temp2)
                    p13_bin = 'd3;
                else
                    p13_bin = 'd2;
            default: //3rd quadrant
                if(abs_pixel_13_temp1 > abs_pixel_13_temp2)
                    p13_bin = 'd4;
                else
                    p13_bin = 'd5;
        endcase
    
    end
    
    always @(*) begin //p14_bin
    
        case({pixel_14_temp1[8], pixel_14_temp2[8]})//x, y
            2'b00://1st quadrant
                if(pixel_14_temp1 > pixel_14_temp2)
                    p14_bin = 'd0;
                else
                    p14_bin = 'd1;
            2'b01://4th quadrant
                if(pixel_14_temp1 >= abs_pixel_14_temp2)
                    p14_bin = 'd7;
                else
                    p14_bin = 'd6;
            2'b10://2nd quadrant
                if(abs_pixel_14_temp1 >= pixel_14_temp2)
                    p14_bin = 'd3;
                else
                    p14_bin = 'd2;
            default: //3rd quadrant
                if(abs_pixel_14_temp1 > abs_pixel_14_temp2)
                    p14_bin = 'd4;
                else
                    p14_bin = 'd5;
        endcase
    
    end
    
    always @(*) begin //p15_bin
    
        case({pixel_15_temp1[8], pixel_15_temp2[8]})//x, y
            2'b00://1st quadrant
                if(pixel_15_temp1 > pixel_15_temp2)
                    p15_bin = 'd0;
                else
                    p15_bin = 'd1;
            2'b01://4th quadrant
                if(pixel_15_temp1 >= abs_pixel_15_temp2)
                    p15_bin = 'd7;
                else
                    p15_bin = 'd6;
            2'b10://2nd quadrant
                if(abs_pixel_15_temp1 >= pixel_15_temp2)
                    p15_bin = 'd3;
                else
                    p15_bin = 'd2;
            default: //3rd quadrant
                if(abs_pixel_15_temp1 > abs_pixel_15_temp2)
                    p15_bin = 'd4;
                else
                    p15_bin = 'd5;
        endcase
    
    end
    
endmodule